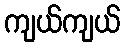
ကျယ်ကျယ်